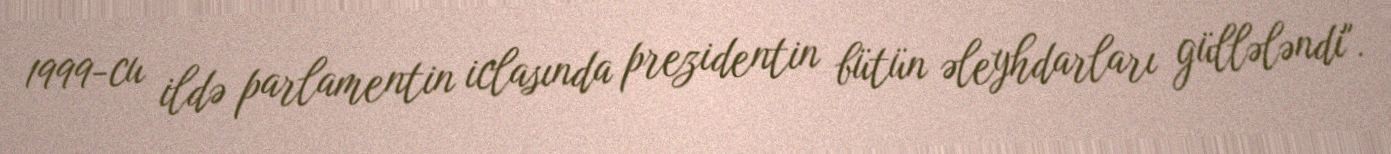
1999-cu ildə parlamentin iclasında prezidentin bütün əleyhdarları güllələndi".